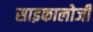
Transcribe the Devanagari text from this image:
साइकालोजी